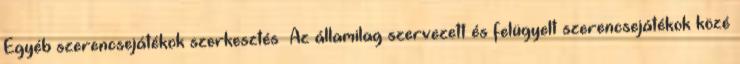
Egyéb szerencsejátékok szerkesztés Az államilag szervezett és felügyelt szerencsejátékok közé